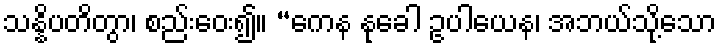
သန္နိပတိတွာ၊ စည်းဝေး၍။ “ကေန နုခေါ ဥပါယေန၊ အဘယ်သို့သော